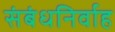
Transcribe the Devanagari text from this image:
संबंधनिर्वाह